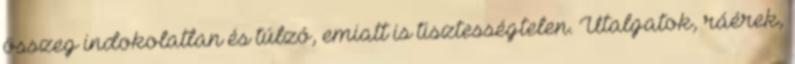
összeg indokolatlan és túlzó, emiatt is tisztességtelen. Utalgatok, ráérek,